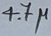
Text: 4.7µ